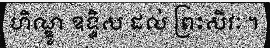
ហិណ្ឌូ ឧទ្ទិស ដល់ ព្រះសិវៈ ។